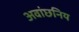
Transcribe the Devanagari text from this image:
अवांछनिय